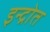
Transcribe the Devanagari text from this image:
इन्द्रोत